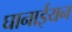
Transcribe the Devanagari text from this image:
घानाईयन